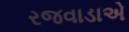
રજવાડાએ